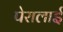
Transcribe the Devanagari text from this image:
पेरालाई